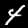
Digit: 4